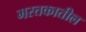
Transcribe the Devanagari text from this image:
मस्तकातील